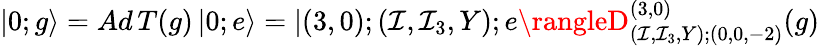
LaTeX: |0;g\rangle=Ad\, T(g)\, |0;e\rangle=|(3,0);(\mathcal{I},\mathcal{I}_{3},Y);e\rangleD_{(\mathcal{I},\mathcal{I}_{3},Y);(0,0,-2)}^{(3,0)}(g)